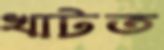
খাটত